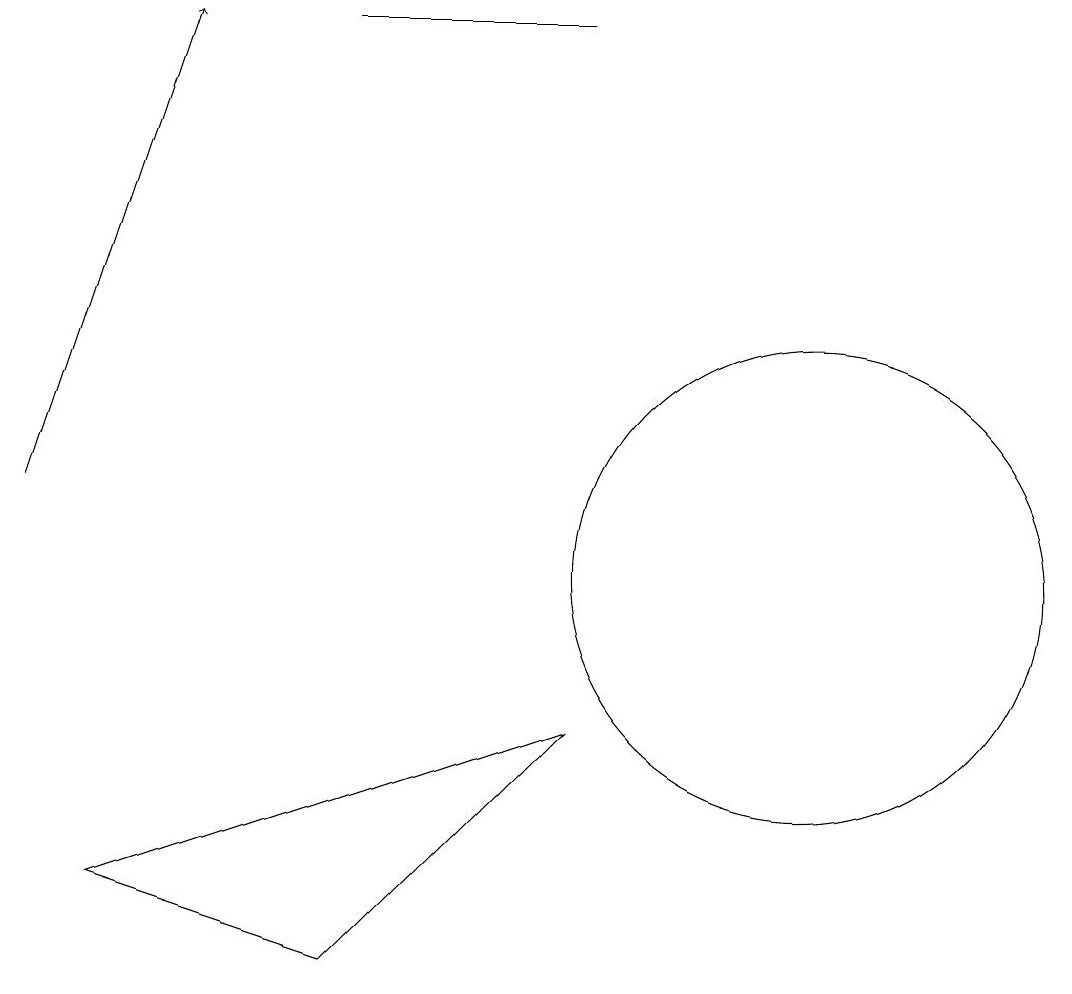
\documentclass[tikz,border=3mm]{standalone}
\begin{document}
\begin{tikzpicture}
\draw[->] (1,12) -- (3,18);
\draw (2,7) -- (8,9) -- (5,6) -- cycle;
\draw (5,18) rectangle (8,18);
\draw (11,11) circle (3);
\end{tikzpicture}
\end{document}